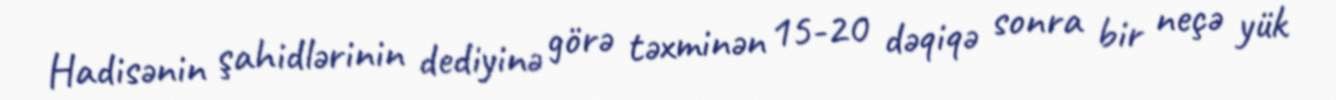
Hadisənin şahidlərinin dediyinə görə təxminən 15-20 dəqiqə sonra bir neçə yük